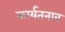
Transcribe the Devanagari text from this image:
कार्यतनाव